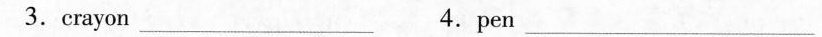
3.crayon _4.pen _